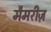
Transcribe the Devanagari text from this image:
मैमरीज़